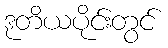
ဒုတိယပိုင်းတွင်